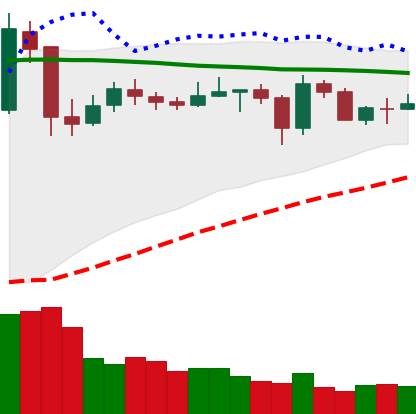
Ticker: NEO-USD
Chart end date: 2020-05-27
Forward return: 23.965%
Label: up_7plus